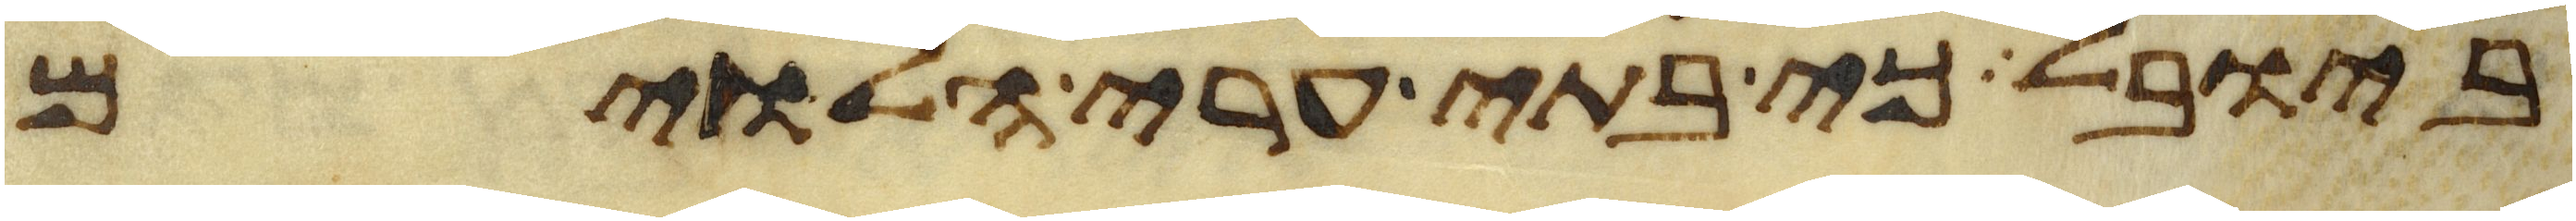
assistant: ביובל כי בתי ערי הלוים